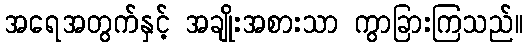
အရေအတွက်နှင့် အချိုးအစားသာ ကွာခြားကြသည်။